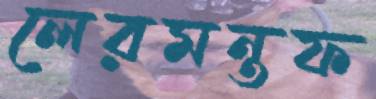
লেরমন্তফ